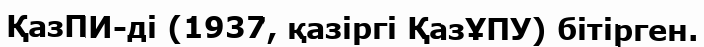
ҚазПИ-ді (1937, қазіргі ҚазҰПУ) бітірген.